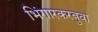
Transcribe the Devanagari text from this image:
भिंगारकरबुवा